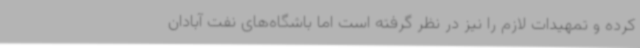
کرده‌ و تمهیدات لازم را نیز در نظر گرفته است اما باشگاه‌های نفت آبادان